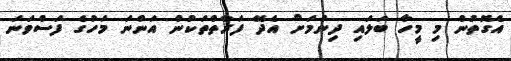
އެގޮތުން މި މީހާ ބަލައި ދިނުމަށް އެދޭ ފަރާތްތަކުން އަންނަ މަހުގެ ފަސްވަނަ